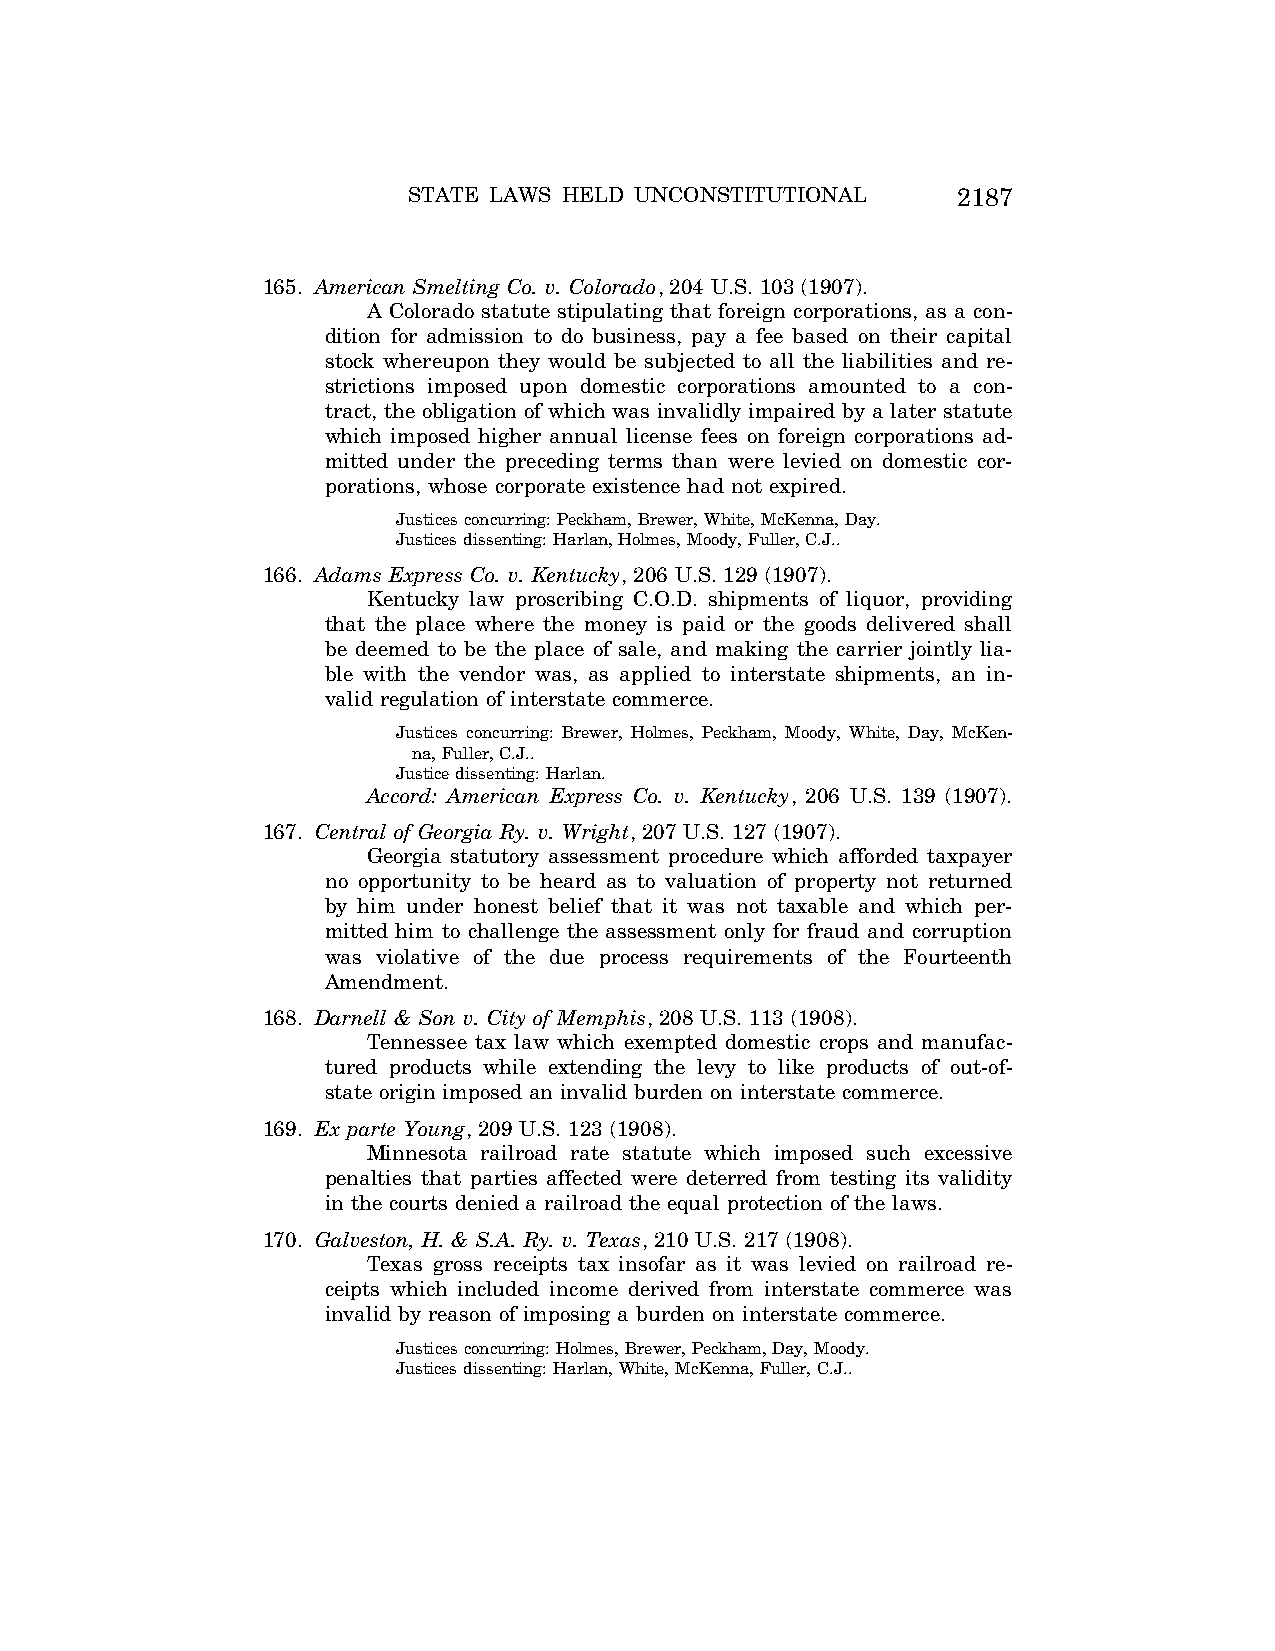
STATE LAWS HELD UNCONSTITUTIONAL    2187
 165. American Smelting Co. v. Colorado, 204 U.S. 103 (1907).
 A Colorado statute stipulating that foreign corporations, as a con-
 dition for admission to do business, pay a fee based on their capital
 stock whereupon they would be subjected to all the liabilities and re-
 strictions imposed upon domestic corporations amounted to a con-
 tract, the obligation of which was invalidly impaired by a later statute
 which imposed higher annual license fees on foreign corporations ad-
 mitted under the preceding terms than were levied on domestic cor-
 porations, whose corporate existence had not expired.
 Justices concurring: Peckham, Brewer, White, McKenna, Day.
 Justices dissenting: Harlan, Holmes, Moody, Fuller, C.J..
 166. Adams Express Co. v. Kentucky, 206 U.S. 129 (1907).
 Kentucky law proscribing C.O.D. shipments of liquor, providing
 that the place where the money is paid or the goods delivered shall
 be deemed to be the place of sale, and making the carrier jointly lia-
 ble with the vendor was, as applied to interstate shipments, an in-
 valid regulation of interstate commerce.
 Justices concurring: Brewer, Holmes, Peckham, Moody, White, Day, McKen-
 na, Fuller, C.J..
 Justice dissenting: Harlan.
 Accord: American Express Co. v. Kentucky, 206 U.S. 139 (1907).
 167. Central of Georgia Ry. v. Wright, 207 U.S. 127 (1907).
 Georgia statutory assessment procedure which afforded taxpayer
 no opportunity to be heard as to valuation of property not returned
 by him under honest belief that it was not taxable and which per-
 mitted him to challenge the assessment only for fraud and corruption
 was violative of the due process requirements of the Fourteenth
 Amendment.
 168. Darnell & Son v. City of Memphis, 208 U.S. 113 (1908).
 Tennessee tax law which exempted domestic crops and manufac-
 tured products while extending the levy to like products of out-of-
 state origin imposed an invalid burden on interstate commerce.
 169. Ex parte Young, 209 U.S. 123 (1908).
 Minnesota railroad rate statute which imposed such excessive
 penalties that parties affected were deterred from testing its validity
 in the courts denied a railroad the equal protection of the laws.
 170. Galveston, H. & S.A. Ry. v. Texas, 210 U.S. 217 (1908).
 Texas gross receipts tax insofar as it was levied on railroad re-
 ceipts which included income derived from interstate commerce was
 invalid by reason of imposing a burden on interstate commerce.
 Justices concurring: Holmes, Brewer, Peckham, Day, Moody.
 Justices dissenting: Harlan, White, McKenna, Fuller, C.J..
 VerDate Aug<04>2004 12:57 Aug 23, 2004 Jkt 077500 PO 00000 Frm 00027 Fmt 8222 Sfmt 8222 C:\CONAN\CON064.SGM PRFM99 PsN: CON064